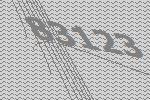
83123